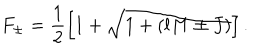
LaTeX: F _ { \pm } = \frac { 1 } { 2 } \left[ 1 + \sqrt { 1 + ( l M \pm J ) } \right] .